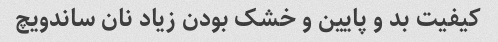
کیفیت بد و پایین و خشک بودن زیاد نان ساندویچ